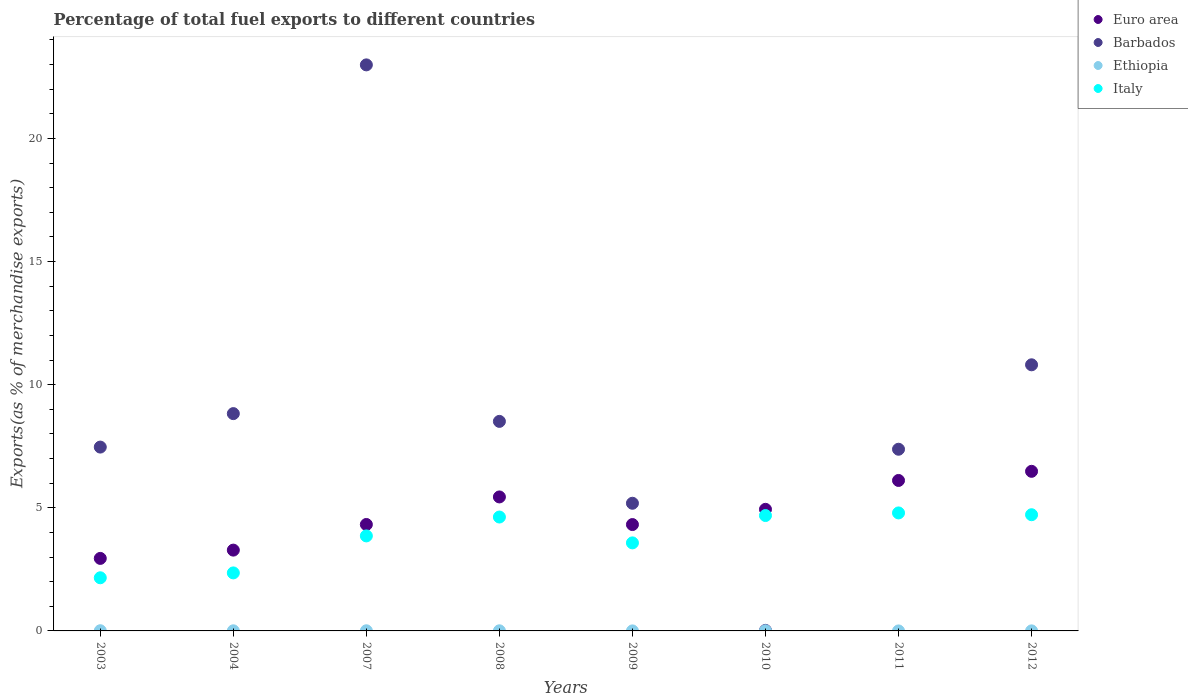
| Years | Euro area | Barbados | Ethiopia | Italy |
 | --- | --- | --- | --- | --- |
 | 2003 | 2.95 | 7.47 | 0.00762 | 2.16 |
 | 2004 | 3.28 | 8.83 | 0.00469 | 2.36 |
 | 2007 | 4.32 | 23 | 0.00619 | 3.86 |
 | 2008 | 5.44 | 8.51 | 0.00515 | 4.63 |
 | 2009 | 4.32 | 5.18 | 0.000858 | 3.58 |
 | 2010 | 4.94 | 0.0216 | 0.00381 | 4.69 |
 | 2011 | 6.11 | 7.38 | 1.01e-05 | 4.79 |
 | 2012 | 6.48 | 10.8 | 0.00193 | 4.72 |